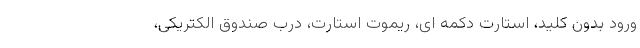
ورود بدون کلید، استارت دکمه ای، ریموت استارت، درب صندوق الکتریکی،